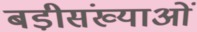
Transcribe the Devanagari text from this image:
बडी़संख्याओं